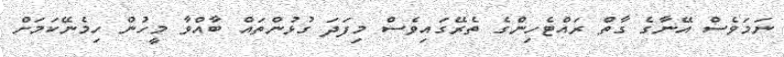
ނަމަވެސް އޭނާގެ ގާތް ރައްޓެހިންގެ ތެރޭގައިވެސް މިފަދަ ގުޅުންތައް ބާއްވާ މީހުން ހިމެނޭކަމަށް